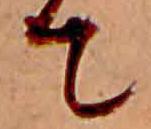
て